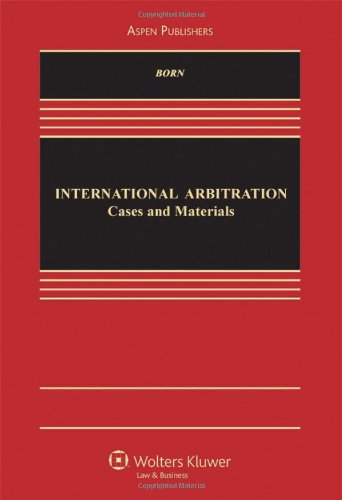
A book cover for International Arbitration: Cases & Materials (Aspen Casebook Series); Gary Born; Law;